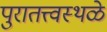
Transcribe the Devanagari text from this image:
पुरातत्त्वस्थळे